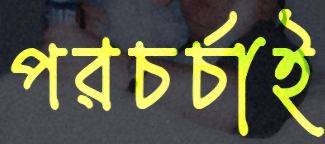
পরচর্চাই